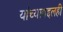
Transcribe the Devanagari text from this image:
यांच्याबद्दलही